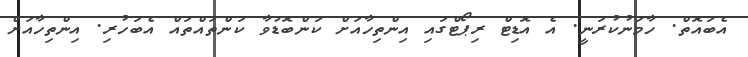
އެބައޮތް. ހާމަނުކުރަނީ. އެ އޮޑިޓް ރިޕޯޓްގައި އިންތިހާއަށް ކަންބޮޑުވާ ކަންތައްތައް އެބަހުރި. އިންތިހާއަށް